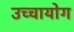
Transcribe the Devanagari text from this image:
उच्‍चायोग